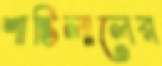
শান্তিলালের